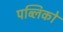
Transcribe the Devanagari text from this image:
पब्लिको